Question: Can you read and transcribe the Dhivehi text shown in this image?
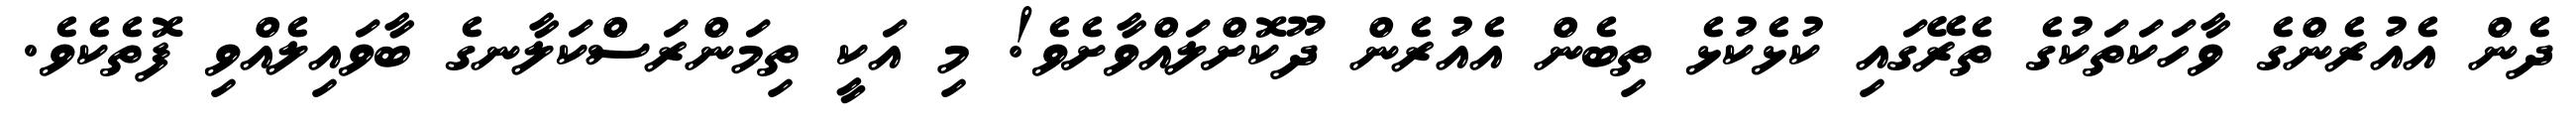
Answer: ދެން އެއުރެންގެ ވާހަކަތަކުގެ ތެރޭގައި ކުޅެކުޅެ ތިބެން އެއުރެން ދޫކޮށްލައްވާށެވެ! މި އަކީ ތިމަންރަސްކަލާނގެ ބާވައިލެއްވި ފޮތެކެވެ.